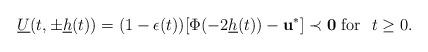
LaTeX: \begin{align*}\underline U(t,\pm \underline h(t))=(1-\epsilon(t)) [\Phi(-2\underline h(t))-\mathbf{u}^*]\prec \mathbf{0} \mbox{ for } \ t\geq 0. \end{align*}